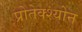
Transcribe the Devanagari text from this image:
प्रोतेक्श्योन